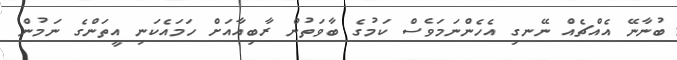
ބުނާނޭ އެއްޗެއް ނޭނގި އެހެންނަމަވެސް ކަމުގެ ބާވަތުން ރާބިއާއަށް ހަމައެކަނި އީތަންގެ ނަމުން